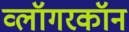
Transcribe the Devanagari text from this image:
व्लॉगरकॉन